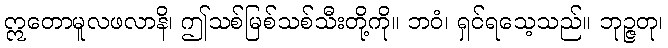
ဣတောမူလဖလာနိ၊ ဤသစ်မြစ်သစ်သီးတို့ကို။ ဘဝံ၊ ရှင်ရသေ့သည်။ ဘုဉ္ဇတု၊